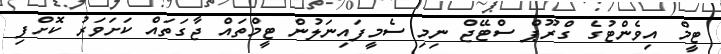
ޓީމް އިވެންޓުގެ ގްރޫޕް ސްޓޭޖް ނިމި ސެމީފައިނަލުން ޓީމްތައް ޖާގަތައް ކަށަވަރު ކޮށްފި